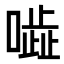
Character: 𠾜